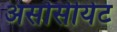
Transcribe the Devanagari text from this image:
असोसीयेट